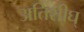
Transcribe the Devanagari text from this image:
अतिशीघ्